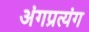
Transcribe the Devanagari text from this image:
अंगप्रत्यंग